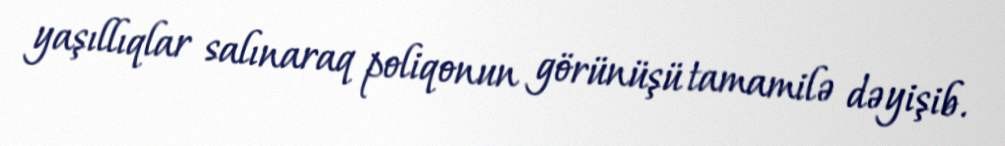
yaşıllıqlar salınaraq poliqonun görünüşü tamamilə dəyişib.